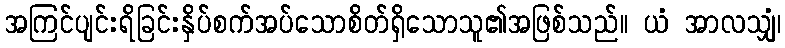
အကြင်ပျင်းရိခြင်းနှိပ်စက်အပ်သောစိတ်ရှိသောသူ၏အဖြစ်သည်။ ယံ အာလသျှံ၊